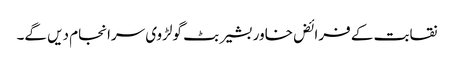
نقابت کے فرائض خاور بشیر بٹ گولڑوی سرانجام دیں گے۔